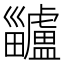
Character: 𤴅